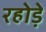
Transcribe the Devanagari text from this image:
रहोड़े